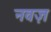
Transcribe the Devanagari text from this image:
नवज़